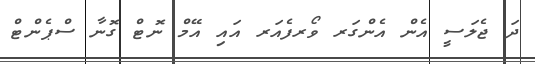
ދަ ޖެލަސީ އެން އެންގަރ ވޯރފެއަރ އައި އޭމް ނޮޓް ގޮނާ ސްޕެންޓް